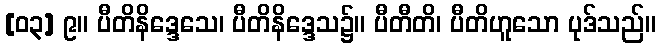
[၀၃] ၉။ ပီတိနိဒ္ဒေသေ၊ ပီတိနိဒ္ဒေသ၌။ ပီတီတိ၊ ပီတိဟူသော ပုဒ်သည်။